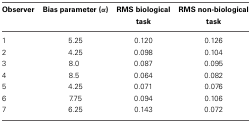
<table><thead><tr><td><b>Observer</b></td><td><b>Bias parameter (α)</b></td><td><b>RMS biological task</b></td><td><b>RMS non-biological task</b></td></tr></thead><tbody><tr><td>1</td><td>5.25</td><td>0.120</td><td>0.126</td></tr><tr><td>2</td><td>4.25</td><td>0.098</td><td>0.104</td></tr><tr><td>3</td><td>8.0</td><td>0.087</td><td>0.095</td></tr><tr><td>4</td><td>8.5</td><td>0.064</td><td>0.082</td></tr><tr><td>5</td><td>4.25</td><td>0.071</td><td>0.076</td></tr><tr><td>6</td><td>7.75</td><td>0.094</td><td>0.106</td></tr><tr><td>7</td><td>6.25</td><td>0.143</td><td>0.072</td></tr></tbody></table>